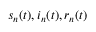
s _ { n } ( t ) , i _ { n } ( t ) , r _ { n } ( t )